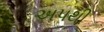
અપથી